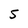
Character: S